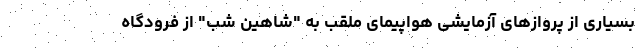
بسیاری از پروازهای آزمایشی هواپیمای ملقب به "شاهین شب" از فرودگاه